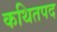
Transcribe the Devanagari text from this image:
कथितपद